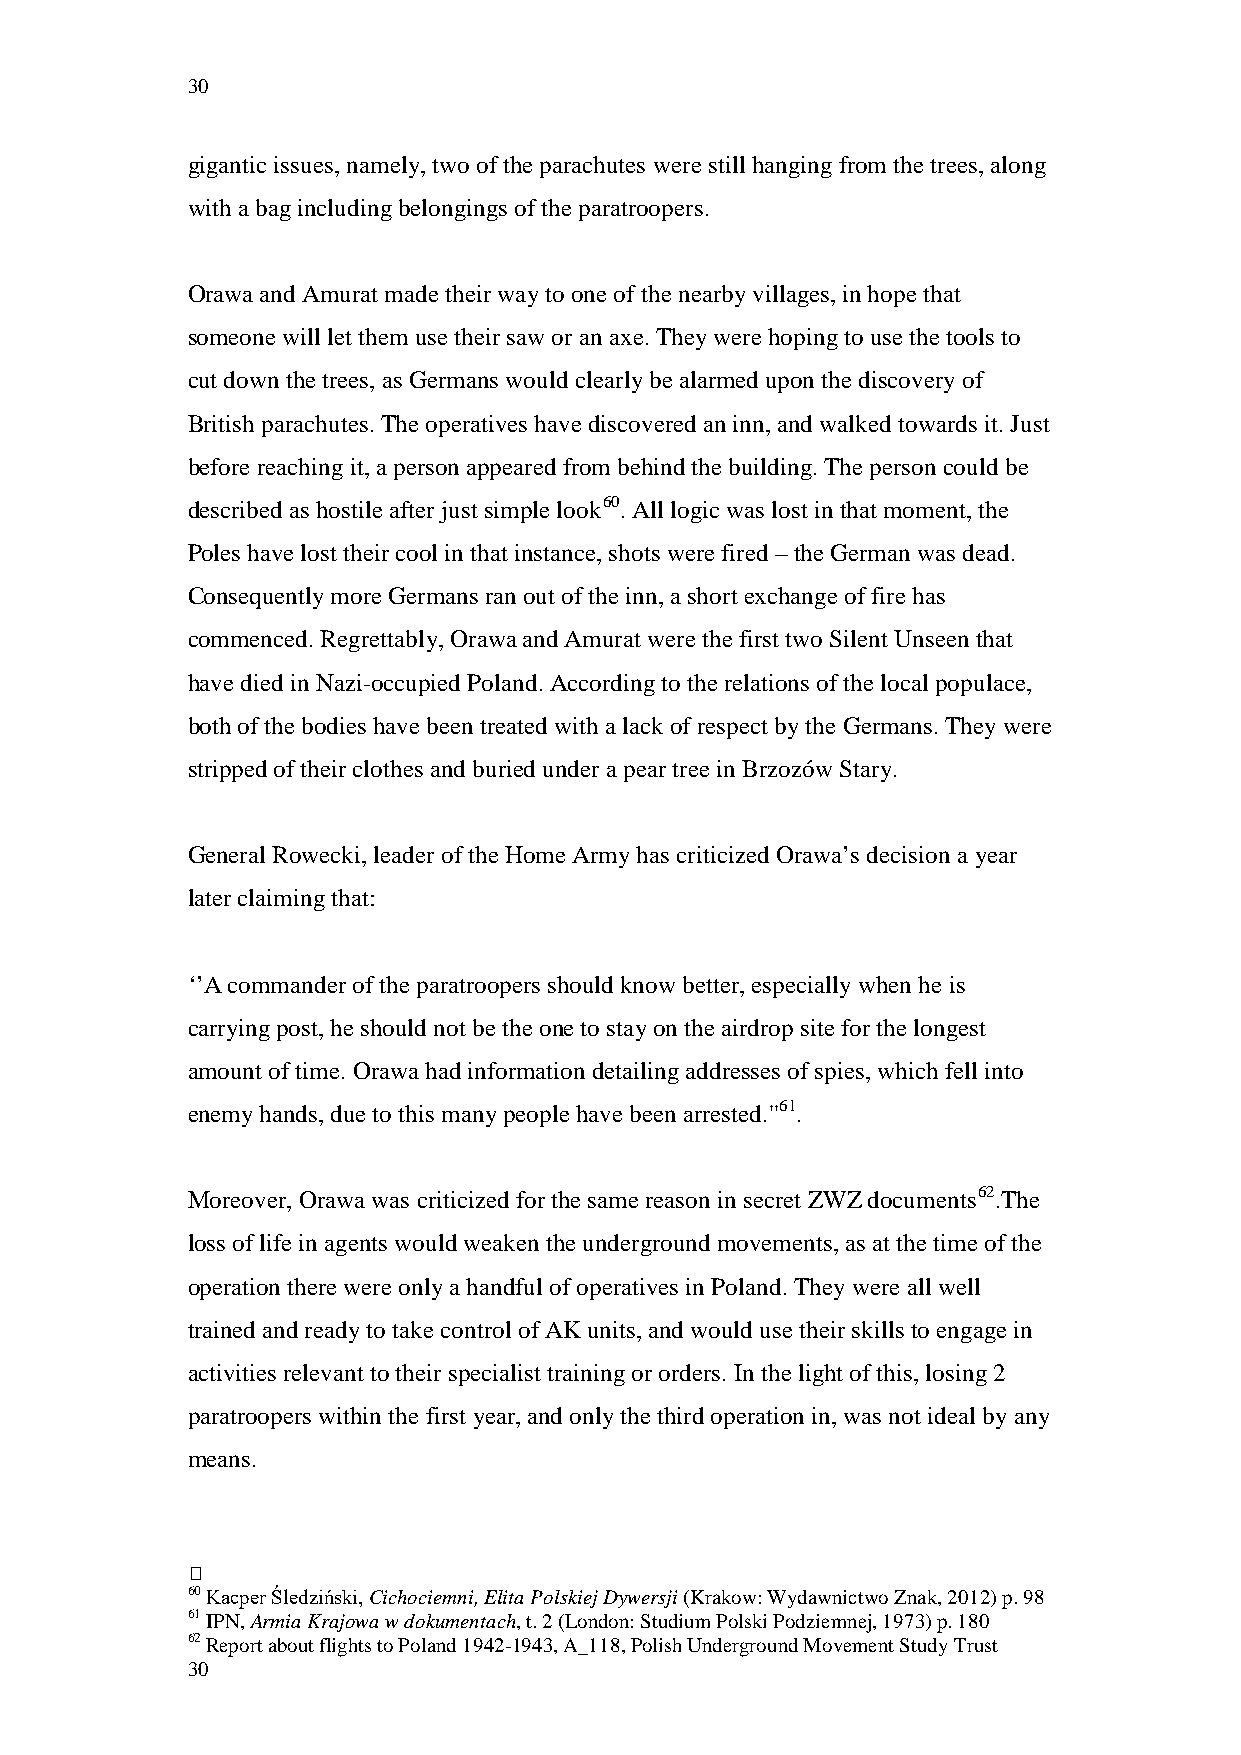
30
 gigantic issues, namely, two of the parachutes were still hanging from the trees, along
 with a bag including belongings of the paratroopers.
 Orawa and Amurat made their way to one of the nearby villages, in hope that
 someone will let them use their saw or an axe. They were hoping to use the tools to
 cut down the trees, as Germans would clearly be alarmed upon the discovery of
 British parachutes. The operatives have discovered an inn, and walked towards it. Just
 before reaching it, a person appeared from behind the building. The person could be
 described as hostile after just simple look60. All logic was lost in that moment, the
 Poles have lost their cool in that instance, shots were fired – the German was dead.
 Consequently more Germans ran out of the inn, a short exchange of fire has
 commenced. Regrettably, Orawa and Amurat were the first two Silent Unseen that
 have died in Nazi-occupied Poland. According to the relations of the local populace,
 both of the bodies have been treated with a lack of respect by the Germans. They were
 stripped of their clothes and buried under a pear tree in Brzozów Stary.
 General Rowecki, leader of the Home Army has criticized Orawa’s decision a year
 later claiming that:
 ‘’A commander of the paratroopers should know better, especially when he is
 carrying post, he should not be the one to stay on the airdrop site for the longest
 amount of time. Orawa had information detailing addresses of spies, which fell into
 enemy hands, due to this many people have been arrested.''61.
 Moreover, Orawa was criticized for the same reason in secret ZWZ documents62.The
 loss of life in agents would weaken the underground movements, as at the time of the
 operation there were only a handful of operatives in Poland. They were all well
 trained and ready to take control of AK units, and would use their skills to engage in
 activities relevant to their specialist training or orders. In the light of this, losing 2
 paratroopers within the first year, and only the third operation in, was not ideal by any
 means.
 
 60 Kacper Śledziński, Cichociemni, Elita Polskiej Dywersji (Krakow: Wydawnictwo Znak, 2012) p. 98
 61 IPN, Armia Krajowa w dokumentach, t. 2 (London: Studium Polski Podziemnej, 1973) p. 180
 62 Report about flights to Poland 1942-1943, A_118, Polish Underground Movement Study Trust
 30